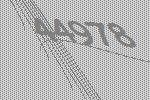
44978